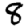
Digit: 8